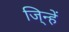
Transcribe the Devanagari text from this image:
जि्न्हें